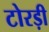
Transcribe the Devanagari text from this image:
टोरड़ी